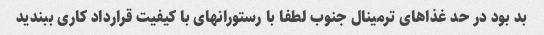
بد بود در حد غذاهای ترمینال جنوب لطفا با رستورانهای با کیفیت قرارداد کاری ببندید